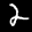
Label: 2